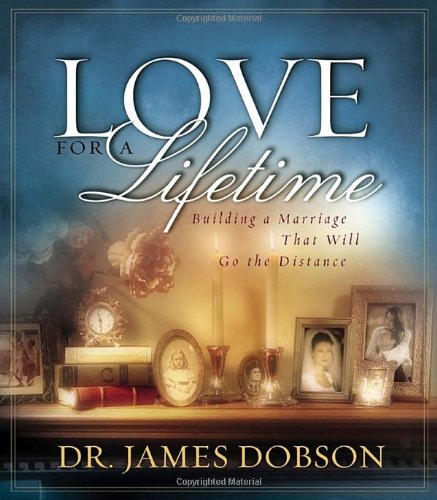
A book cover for Love for a Lifetime: Building a Marriage That Will Go the Distance (Dobson, James); James Dobson; Crafts, Hobbies & Home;